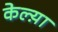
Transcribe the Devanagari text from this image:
केल्य़ा